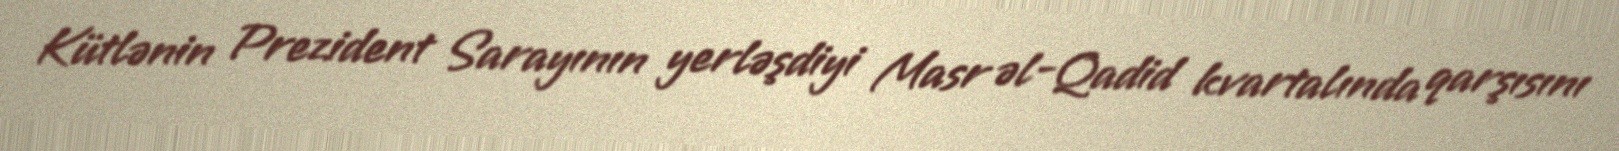
Kütlənin Prezident Sarayının yerləşdiyi Masr əl-Qadid kvartalında qarşısını